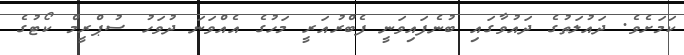
ކަަމަށެވެ. ދައުލަތުގެ ދައުވާގައި ބުނެފައިވަނީ ފެބްރުއަރީ މަހުގެ އެއްވަނަ ދުވަހު ސުޕްރީމް ކޯޓުގެ